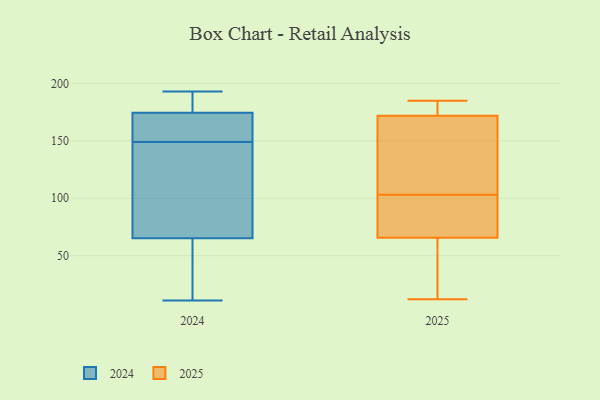
{"axis": {"x": "Tickets Resolved", "y": "Value"}, "legend": ["2024", "2025"], "data": [{"x": "", "y": 83, "type": "2024"}, {"x": "", "y": 149, "type": "2024"}, {"x": "", "y": 11, "type": "2024"}, {"x": "", "y": 193, "type": "2024"}, {"x": "", "y": 185, "type": "2024"}, {"x": "", "y": 185, "type": "2024"}, {"x": "", "y": 163, "type": "2024"}, {"x": "", "y": 42, "type": "2024"}, {"x": "", "y": 73, "type": "2024"}, {"x": "", "y": 125, "type": "2024"}, {"x": "", "y": 32, "type": "2024"}, {"x": "", "y": 151, "type": "2024"}, {"x": "", "y": 171, "type": "2024"}, {"x": "", "y": 181, "type": "2025"}, {"x": "", "y": 86, "type": "2025"}, {"x": "", "y": 139, "type": "2025"}, {"x": "", "y": 185, "type": "2025"}, {"x": "", "y": 169, "type": "2025"}, {"x": "", "y": 12, "type": "2025"}, {"x": "", "y": 69, "type": "2025"}, {"x": "", "y": 43, "type": "2025"}, {"x": "", "y": 83, "type": "2025"}, {"x": "", "y": 182, "type": "2025"}, {"x": "", "y": 76, "type": "2025"}, {"x": "", "y": 55, "type": "2025"}, {"x": "", "y": 103, "type": "2025"}, {"x": "", "y": 16, "type": "2025"}, {"x": "", "y": 162, "type": "2025"}, {"x": "", "y": 185, "type": "2025"}, {"x": "", "y": 103, "type": "2025"}]}